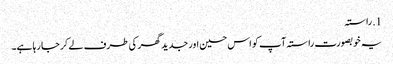
1. ​راستہ
یہ خوبصورت راستہ آپ کو اس حسین اور جدید گھر کی طرف لے کر جا رہا ہے۔